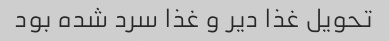
تحویل غذا دیر و غذا سرد شده بود